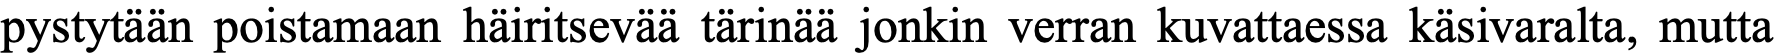
pystytään poistamaan häiritsevää tärinää jonkin verran kuvattaessa käsivaralta, mutta